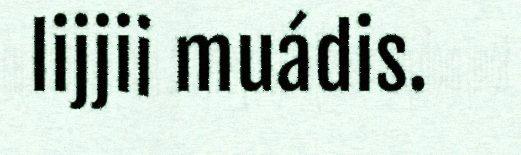
lijjii muádis.